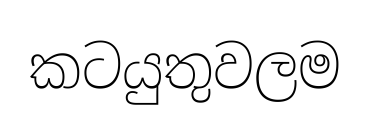
කටයුතුවලම